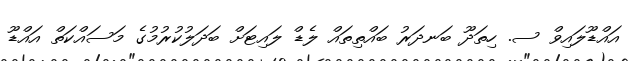
އައްޑޫލައިވް ސ. ހިތަދޫ ބަނދަރު ބައްތިތައް ލެޑް ލައިޓަށް ބަދަލުކުރުމުގެ މަސައްކަތް އައްޑޫ